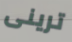
ترينى